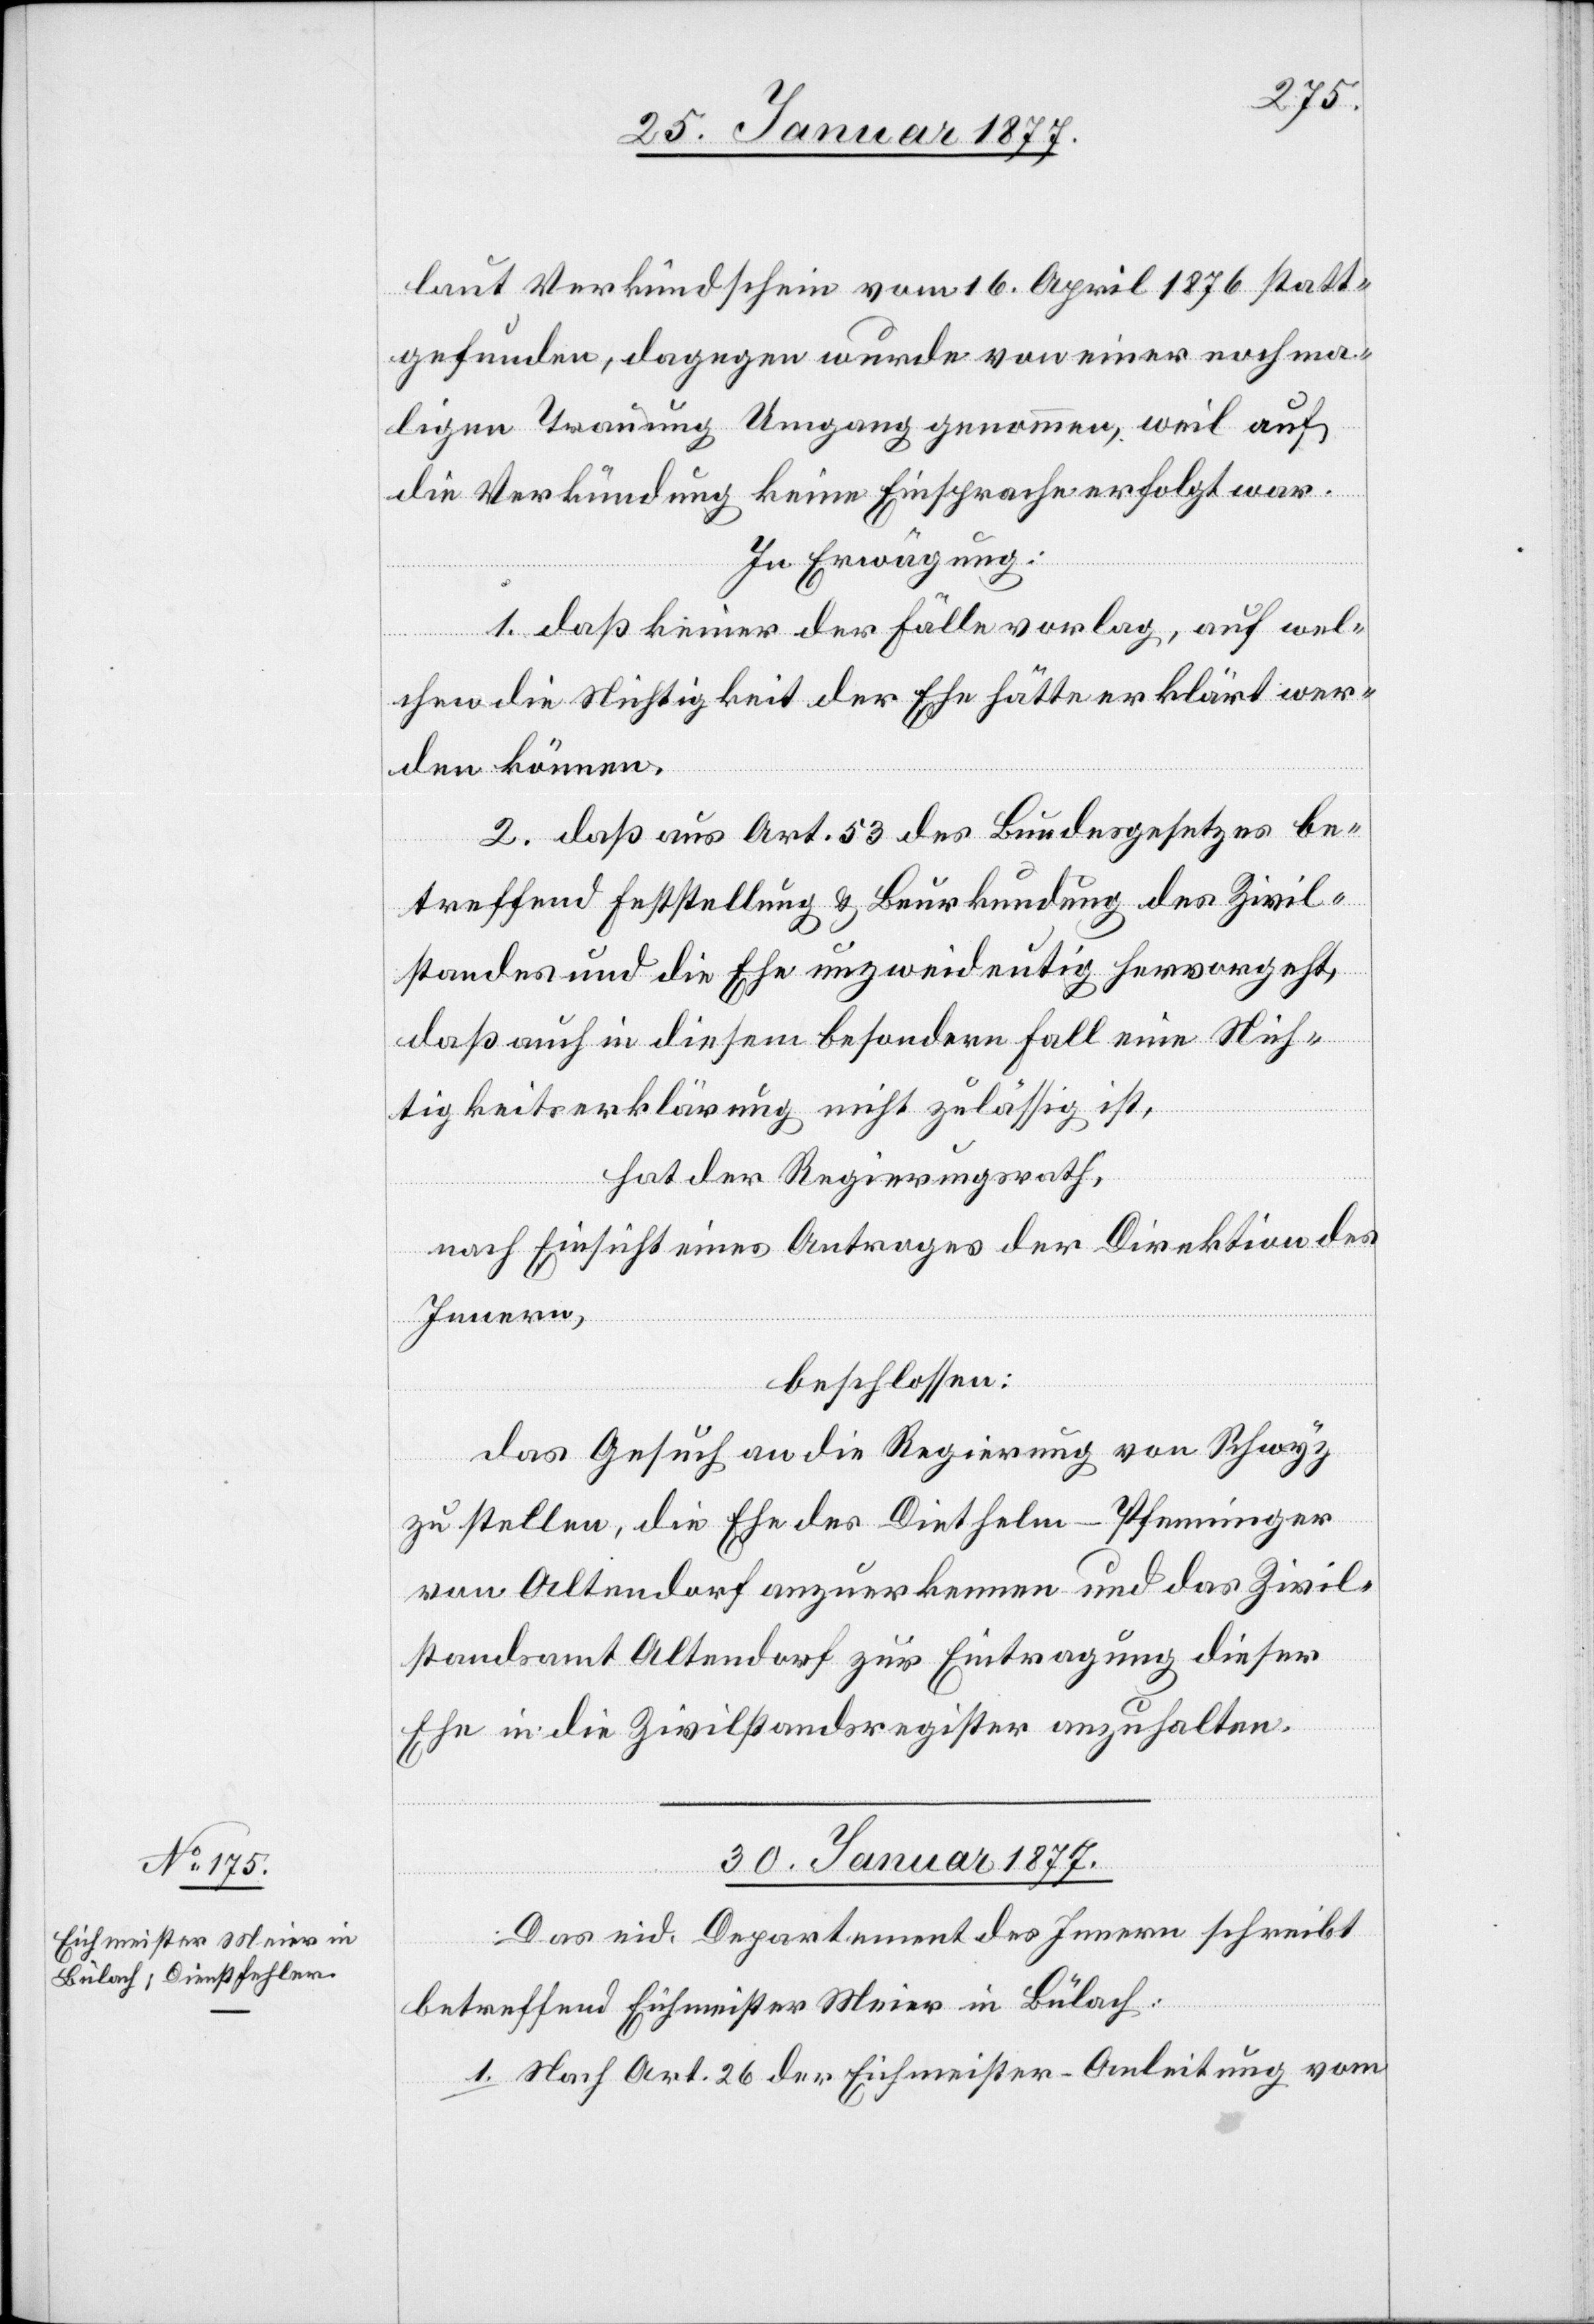
laut Verkündschein vom 16. April 1876 statt¬
gefunden, dagegen wurde von einer nochma¬
ligen Trauung Umgang genommen, weil auf
die Verkündung keine Einsprache erfolgt war.
In Erwägung:
1. daß keiner der Fälle vorlag, auf wel¬
chen die Nichtigkeit der Ehe hätte erklärt wer¬
den können.
2. daß aus Art. 53 des Bundesgesetzes be¬
treffend Feststellung & Beurkundung des Zivil¬
standes und die Ehe unzweideutig hervorgeht,
daß auch in diesem besondern Fall eine Nich¬
tigkeitserklärung nicht zulässig ist,
hat der Regierungsrath,
nach Einsicht eines Antrages der Direktion des
Innern,
beschlossen:
Das Gesuch an die Regierung von Schwyz
zu stellen, die Ehe des Diethelm-Pfenninger
von Altendorf anzuerkennen und das Zivil¬
standsamt Altendorf zur Eintragung dieser
Ehe in die Zivilstandsregister anzuhalten.
30. Januar 1877.
Das eid. Departement des Innern schreibt
betreffend Eichmeister Meier in Bülach:
1. Nach Art. 26 der Eichmeister-Anleitung vom